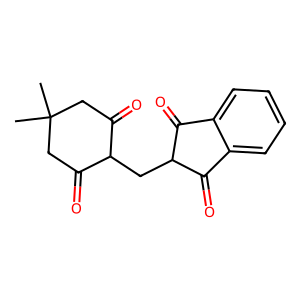
SMILES: CC1(C)CC(=O)C(CC2C(=O)c3ccccc3C2=O)C(=O)C1
Inhibits HIV replication: No